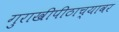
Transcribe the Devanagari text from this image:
गुराखीपीठाच्यावर